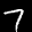
Label: 7